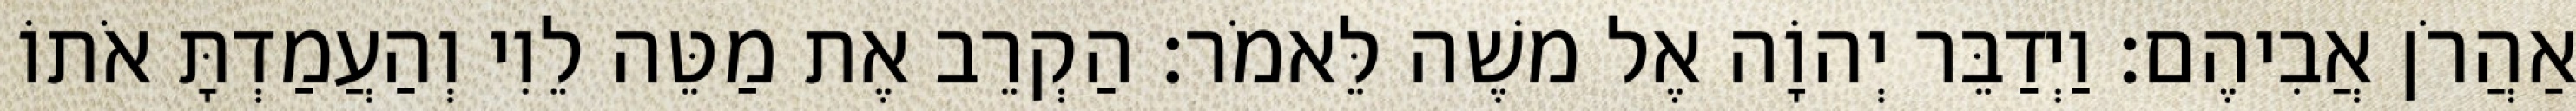
אַהֲרֹן אֲבִיהֶם׃ וַיְדַבֵּר יְהוָֹה אֶל משֶׁה לֵּאמֹר׃ הַקְרֵב אֶת מַטֵּה לֵוִי וְהַעֲמַדְתָּ אֹתוֹ